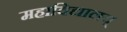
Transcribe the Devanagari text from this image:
महाविद्यालय्